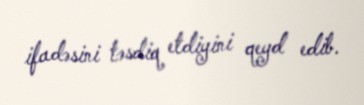
ifadəsini təsdiq etdiyini qeyd edib.